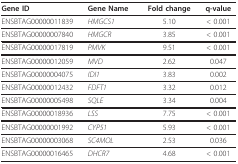
| Gene ID | Gene Name | Fold change | q-value |
 | --- | --- | --- | --- |
 | ENSBTAG00000011839 | HMGCS1 | 5.10 | < 0.001 |
 | ENSBTAG00000007840 | HMGCR | 3.85 | < 0.001 |
 | ENSBTAG00000017819 | PMVK | 9.51 | < 0.001 |
 | ENSBTAG00000012059 | MVD | 2.62 | 0.047 |
 | ENSBTAG00000004075 | IDI1 | 3.83 | 0.002 |
 | ENSBTAG00000012432 | FDFT1 | 3.32 | 0.012 |
 | ENSBTAG00000005498 | SQLE | 3.34 | 0.004 |
 | ENSBTAG00000018936 | LSS | 7.75 | < 0.001 |
 | ENSBTAG00000001992 | CYP51 | 5.93 | < 0.001 |
 | ENSBTAG00000003068 | SC4MOL | 2.53 | 0.036 |
 | ENSBTAG00000016465 | DHCR7 | 4.68 | < 0.001 |